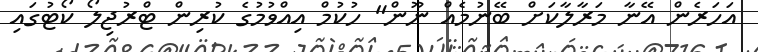
އަހަރެން އޭނާ މަރާލާކަށް ބޭނުމެއް ނޫން" ހުކުމް އިއްވުމުގެ ކުރިން ޓްރުޖިލޯ ކޯޓުގައި